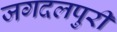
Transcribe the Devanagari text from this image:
जगदलपुरी